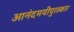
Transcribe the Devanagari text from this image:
आनंदमयीपुरस्कार